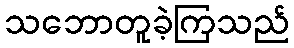
သဘောတူခဲ့ကြသည်